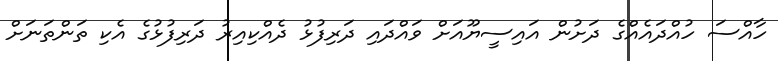
ހާއްސަ ހުއްދައެއްގެ ދަށުން އައިސީޔޫއަށް ވައްދައި ދަރިފުޅު ދެއްކިއިރު ދަރިފުޅުގެ އެކި ތަންތަނަށް